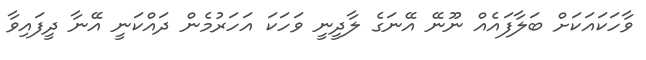
ވާހަކައަކަށް ބަލާފައެއް ނޫނޭ އޭނަގެ ލާދީނީ ވަހަކަ އަހަރުމެން ދައްކަނީ އޭނާ ދީފައިވާ